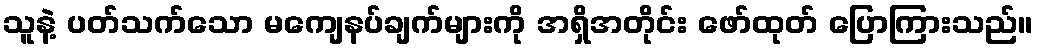
သူနဲ့ ပတ်သက်သော မကျေနပ်ချက်များကို အရှိအတိုင်း ဖော်ထုတ် ပြောကြားသည်။